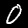
Digit: 0